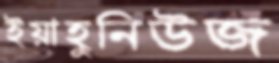
ইয়াহুনিউজ